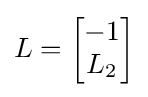
L={\begin{bmatrix}-1\\L_{2}\end{bmatrix}}